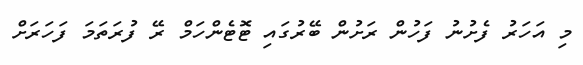
މި އަހަރު ފެށުނު ފަހުން ރަށުން ބޭރުގައި ޓޮޓެންހަމް ރޭ ފުރަތަމަ ފަހަރަށް